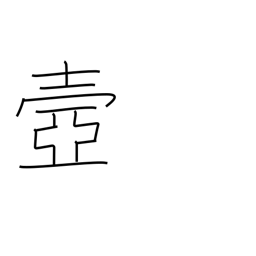
Meaning: palace corridor or passageway